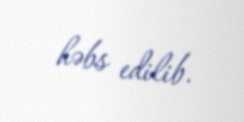
həbs edilib.